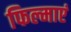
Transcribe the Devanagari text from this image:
फिल्माएं